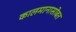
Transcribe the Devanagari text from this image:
कालमानासोबत